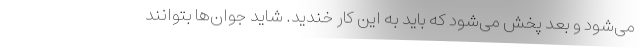
می‌شود و بعد پخش می‌شود که باید به این کار خندید. شاید جوان‌ها بتوانند